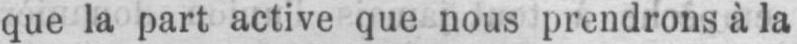
que la part active que nous prendrons à la